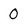
Character: 0